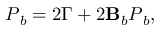
\boldsymbol { P } _ { b } = 2 \boldsymbol { \Gamma } + 2 \mathbf { B } _ { b } \boldsymbol { P } _ { b } ,